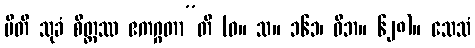
ပီတိ သုခံ စိတ္တဿ ဧကဂ္ဂတာ”တိ (ဓ။ သ။ ၁၆၁၊ ဝိဘ။ ၆၂၈)။ သေသံ